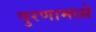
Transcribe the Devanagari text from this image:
पुरणामध्ये